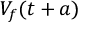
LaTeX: V _ { f } ( t + a )